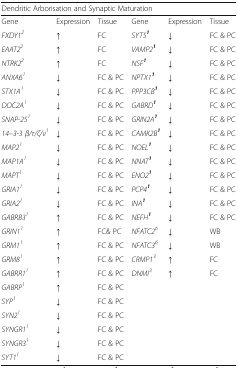
<table><thead><tr><td colspan="6"><b>Dendritic Arborisation and Synaptic Maturation</b></td></tr></thead><tbody><tr><td>Gene</td><td>Expression</td><td>Tissue</td><td>Gene</td><td>Expression</td><td>Tissue</td></tr><tr><td><i>FXDY1</i><sup><i>2</i></sup></td><td>↑</td><td>FC</td><td><i>SYT5</i><sup><b><i>1</i></b></sup></td><td>↓</td><td>FC &amp; PC</td></tr><tr><td><i>EAAT2</i><sup><i>2</i></sup></td><td>↑</td><td>FC</td><td><i>VAMP2</i><sup><b><i>1</i></b></sup></td><td>↓</td><td>FC &amp; PC</td></tr><tr><td><i>NTRK2</i><sup><i>2</i></sup></td><td>↑</td><td>FC</td><td><i>NSF</i><sup><b><i>1</i></b></sup></td><td>↓</td><td>FC &amp; PC</td></tr><tr><td><i>ANXA6</i><sup><i>1</i></sup></td><td>↓</td><td>FC &amp; PC</td><td><i>NPTX1</i><sup><b><i>1</i></b></sup></td><td>↓</td><td>FC &amp; PC</td></tr><tr><td><i>STX1A</i><sup><i>1</i></sup></td><td>↓</td><td>FC &amp; PC</td><td><i>PPP3CB</i><sup><b><i>1</i></b></sup></td><td>↓</td><td>FC &amp; PC</td></tr><tr><td><i>DOC2A</i><sup><i>1</i></sup></td><td>↓</td><td>FC &amp; PC</td><td><i>GABRD</i><sup><b><i>1</i></b></sup></td><td>↓</td><td>FC &amp; PC</td></tr><tr><td><i>SNAP-25</i><sup><i>1</i></sup></td><td>↓</td><td>FC &amp; PC</td><td><i>GRIN2A</i><sup><b><i>1</i></b></sup></td><td>↓</td><td>FC &amp; PC</td></tr><tr><td><i>14–3-3 β/τ/ζ/ν</i><sup><i>1</i></sup></td><td>↓</td><td>FC &amp; PC</td><td><i>CAMK2B</i><sup><b><i>1</i></b></sup></td><td>↓</td><td>FC &amp; PC</td></tr><tr><td><i>MAP2</i><sup><i>1</i></sup></td><td>↓</td><td>FC &amp; PC</td><td><i>NOEL</i><sup><b><i>1</i></b></sup></td><td>↓</td><td>FC &amp; PC</td></tr><tr><td><i>MAP1A</i><sup><i>1</i></sup></td><td>↓</td><td>FC &amp; PC</td><td><i>NNAT</i><sup><b><i>1</i></b></sup></td><td>↓</td><td>FC &amp; PC</td></tr><tr><td><i>MAPT</i><sup><i>1</i></sup></td><td>↓</td><td>FC &amp; PC</td><td><i>ENO2</i><sup><b><i>1</i></b></sup></td><td>↓</td><td>FC &amp; PC</td></tr><tr><td><i>GRIA1</i><sup><i>1</i></sup></td><td>↓</td><td>FC &amp; PC</td><td><i>PCP4</i><sup><b><i>1</i></b></sup></td><td>↓</td><td>FC &amp; PC</td></tr><tr><td><i>GRIA2</i><sup><i>1</i></sup></td><td>↓</td><td>FC &amp; PC</td><td><i>INA</i><sup><b><i>1</i></b></sup></td><td>↓</td><td>FC &amp; PC</td></tr><tr><td><i>GABRB3</i><sup><i>1</i></sup></td><td>↑</td><td>FC &amp; PC</td><td><i>NEFH</i><sup><b><i>1</i></b></sup></td><td>↓</td><td>FC &amp; PC</td></tr><tr><td><i>GRIN1</i><sup><i>1</i></sup></td><td>↑</td><td>FC&amp; PC</td><td><i>NFATC2</i><sup><i>6</i></sup></td><td>↓</td><td>WB</td></tr><tr><td><i>GRM1</i><sup><i>1</i></sup></td><td>↑</td><td>FC &amp; PC</td><td><i>NFATC3</i><sup><i>6</i></sup></td><td>↓</td><td>WB</td></tr><tr><td><i>GRM8</i><sup><i>1</i></sup></td><td>↑</td><td>FC &amp; PC</td><td><i>CRMP1</i><sup><i>3</i></sup></td><td>↑</td><td>FC</td></tr><tr><td><i>GABRR1</i><sup><i>1</i></sup></td><td>↑</td><td>FC &amp; PC</td><td><i>DNMI</i><sup><i>3</i></sup></td><td>↑</td><td>FC</td></tr><tr><td><i>GABRP</i><sup><i>1</i></sup></td><td>↑</td><td>FC &amp; PC</td><td></td><td></td><td></td></tr><tr><td><i>SYP</i><sup><i>1</i></sup></td><td>↓</td><td>FC &amp; PC</td><td></td><td></td><td></td></tr><tr><td><i>SYN2</i><sup><i>1</i></sup></td><td>↓</td><td>FC &amp; PC</td><td></td><td></td><td></td></tr><tr><td><i>SYNGR1</i><sup><i>1</i></sup></td><td>↓</td><td>FC &amp; PC</td><td></td><td></td><td></td></tr><tr><td><i>SYNGR3</i><sup><i>1</i></sup></td><td>↓</td><td>FC &amp; PC</td><td></td><td></td><td></td></tr><tr><td><i>SYT1</i><sup><i>1</i></sup></td><td>↓</td><td>FC &amp; PC</td><td></td><td></td><td></td></tr></tbody></table>